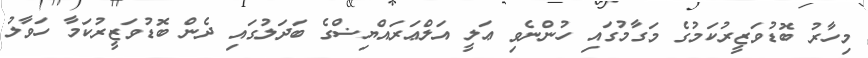
މިހާރު ބޮޑުވަޒީރުކަމުގެ މަގާމުގައި ހުންނެވި ޢަލީ އަލްޢަރައްޔިޟްގެ ބަދަލުގައި ދެން ބޮޑުވަޒީރުކަމާ ހަވާލު